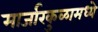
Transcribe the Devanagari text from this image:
मार्जारकुळामध्ये